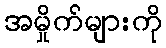
အမှိုက်များကို